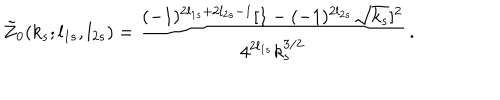
LaTeX: \tilde { Z } _ { 0 } ( k _ { s } ; l _ { 1 s } , l _ { 2 s } ) = \frac { ( - 1 ) ^ { 2 l _ { 1 s } + 2 l _ { 2 s } - 1 } [ 1 - ( - 1 ) ^ { 2 l _ { 2 s } } \sqrt { k _ { s } } ] ^ { 2 } } { 4 ^ { 2 l _ { 1 s } } k _ { s } ^ { 3 / 2 } } \, .